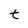
Character: t